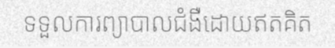
ទទួលការព្យាបាលជំងឺដោយឥតគិត